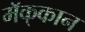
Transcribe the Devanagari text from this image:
मॅक्‌कान